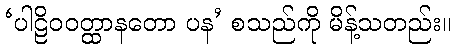
‘ပါဠိဝဝတ္ထာနတော ပန’ စသည်ကို မိန့်သတည်း။